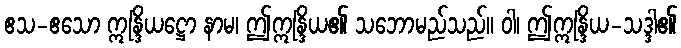
ဧသ-ဧသော ဣန္ဒြိယဋ္ဌော နာမ၊ ဤဣန္ဒြိယ၏ သဘောမည်သည်။ ဝါ၊ ဤဣန္ဒြိယ-သဒ္ဒါ၏